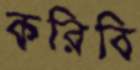
করিবি